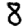
Digit: 8